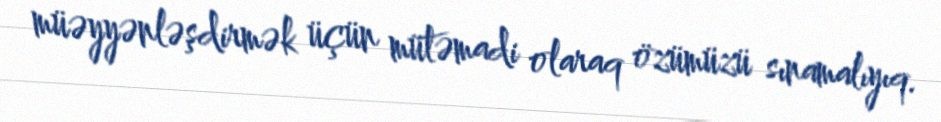
müəyyənləşdirmək üçün mütəmadi olaraq özümüzü sınamalıyıq.